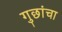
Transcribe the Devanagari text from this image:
गुछांचा